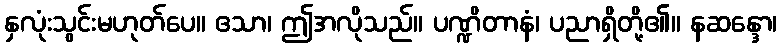
နှလုံးသွင်းမဟုတ်ပေ။ ဧသာ၊ ဤအလိုသည်။ ပဏ္ဍိတာနံ၊ ပညာရှိတို့၏။ နဆန္ဒော၊